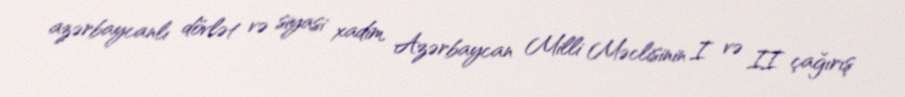
azərbaycanlı dövlət və siyasi xadim, Azərbaycan Milli Məclisinin I və II çağırış